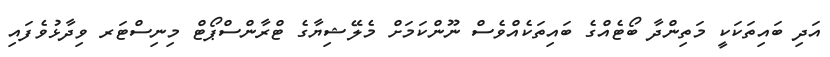
އަދި ބައިތަކަކީ މަތިންދާ ބޯޓެއްގެ ބައިތަކެއްވެސް ނޫންކަމަށް މެލޭޝިޔާގެ ޓްރާންސްޕޯޓް މިނިސްޓަރ ވިދާޅުވެފައި